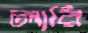
লারি